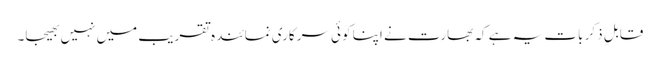
قابلِ ذکر بات یہ ہے کہ بھارت نے اپنا کوئی سرکاری نمائندہ تقریب میں نہیں بھیجا۔